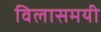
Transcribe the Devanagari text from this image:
विलासमयी